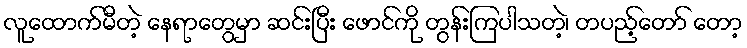
လူထောက်မီတဲ့ နေရာတွေမှာ ဆင်းပြီး ဖောင်ကို တွန်းကြပါသတဲ့၊ တပည့်တော် တော့